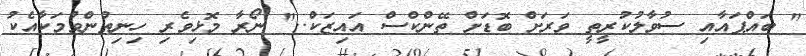
" ބައްޕައާއި ސުވާލުކުރީތީ ވަރަށް ބޮޑަށް ތޭންކްސް އައިޒަކް.." ނޯރާ މޮޅިވެރި ހިނިތުންވުމަކާއެކު